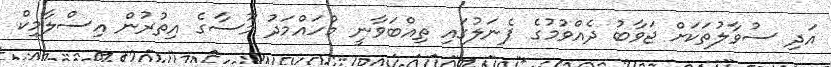
އަދި ސުވާލުތަކަށް ޖަވާބު ދެއްވުމުގެ ޕެނަލުގައި ތިއްބަވާނީ މުހައްމަދު މޫސާގެ އިތުރުން އިސްލާމިކް